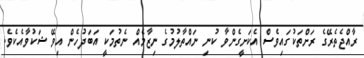
ރާއްޖެތެރޭގެ ރަށްތަކުގައިވެސް އެކަށީގެންވާ ކުނި ނައްތާލުމުގެ ނިޒާމެއް ނެތުމަކީ އަބަދުހެން އިވޭ ޝަކުވާއެކެވެ.